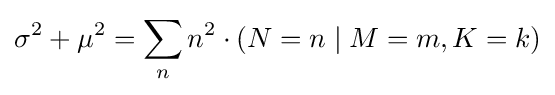
\sigma ^{2}+\mu ^{2}=\sum _{n}n^{2}\cdot (N=n\mid M=m,K=k)